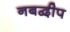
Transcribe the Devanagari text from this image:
नबद्वीप